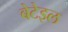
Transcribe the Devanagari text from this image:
बेटेइल